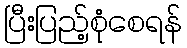
ပြီးပြည့်စုံစေရန်